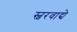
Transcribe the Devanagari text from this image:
स्वरवाद्ये